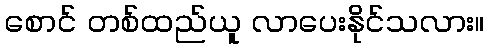
စောင် တစ်ထည်ယူ လာပေးနိုင်သလား။